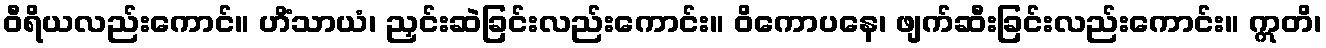
ဝီရိယလည်းကောင်။ ဟိံသာယံ၊ ညှင်းဆဲခြင်းလည်းကောင်း။ ဝိကောပနေ၊ ဖျက်ဆီးခြင်းလည်းကောင်း။ ဣတိ၊